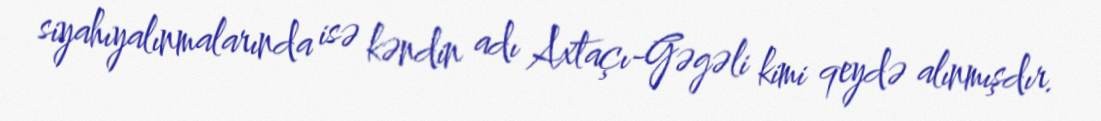
siyahıyalınmalarında isə kəndin adı Axtaçı-Gəgəli kimi qeydə alınmışdır.